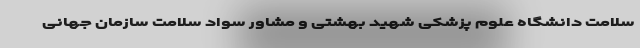
سلامت دانشگاه علوم پزشکی شهید بهشتی و مشاور سواد سلامت سازمان جهانی